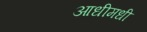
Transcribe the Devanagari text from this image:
आधीमधी